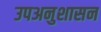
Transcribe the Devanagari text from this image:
उपअनुशासन